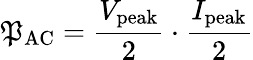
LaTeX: \mathfrak{P}_{\mathrm{{AC}}}={\frac{{V_{\mathrm{{peak}}}}}{{2}}}\cdot{\frac{{I_{\mathrm{{peak}}}}}{{2}}}